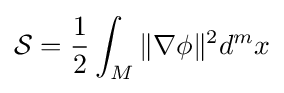
{\mathcal {S}}={\frac {1}{2}}\int _{M}\Vert \nabla \phi \Vert ^{2}d^{m}x